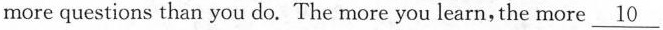
more questions than you do. The more you learn, the more \underline{10}